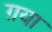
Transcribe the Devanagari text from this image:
ग़या